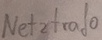
Text: Netztrafo